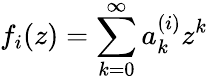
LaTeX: f_{i}(z)=\sum_{k=0}^{\infty}a_{k}^{(i)}z^{k}